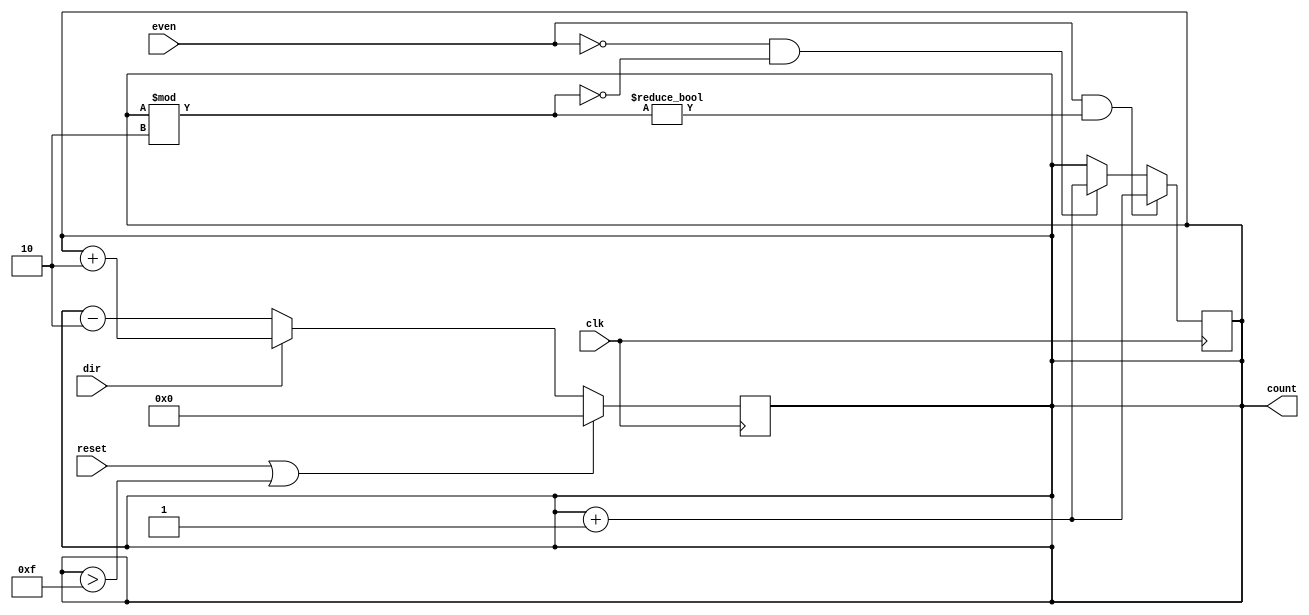
module even_odd_counter(
    input clk,
    input reset,
    input dir,
	 input even,
    output reg [3:0] count
    );
	 
	 initial begin
		count = 0;
	 end
	 
	 always @(posedge clk)
		begin
			if(reset || count > 15)
				count = 0;
				
			else 
				begin
					if(dir)
						count = count + 2;
					else
						count = count - 2;
				end
		end
		
	always @(posedge clk)
		begin
			if(even && count % 2 != 0)
				count = count + 1;
					
			else if(~even && count %2 == 0)
				count = count + 1;
		end

endmodule